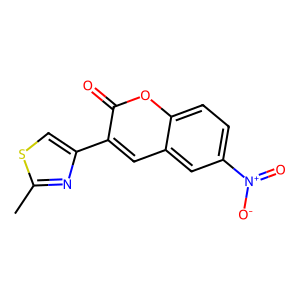
SMILES: Cc1nc(-c2cc3cc([N+](=O)[O-])ccc3oc2=O)cs1
Inhibits HIV replication: No